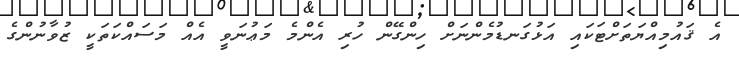
އެ ޤައުމިއްޔަތަށްޓަކައި އަޅުގަނޑުމެންނަށް ހިންގޭން ހުރި އެންމެ މަޢުނަވީ އެއް މަސައްކަތަކީ ޒުވާނުންގެ